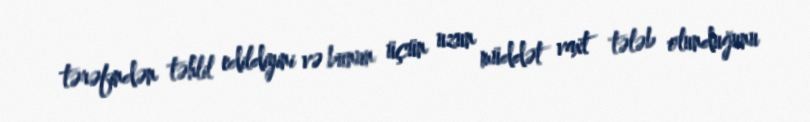
tərəfindən təhlil edildiyini və bunun üçün uzun müddət vaxt tələb olunduğunu